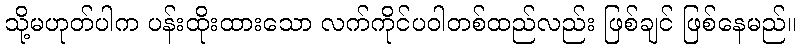
သို့မဟုတ်ပါက ပန်းထိုးထားသော လက်ကိုင်ပဝါတစ်ထည်လည်း ဖြစ်ချင် ဖြစ်နေမည်။